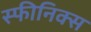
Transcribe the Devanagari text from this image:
स्फीनिक्स